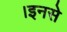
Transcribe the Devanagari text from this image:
।इनसे